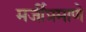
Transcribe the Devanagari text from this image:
मर्जीप्रमाणे